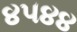
૪૫૪૪